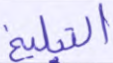
التبليغ